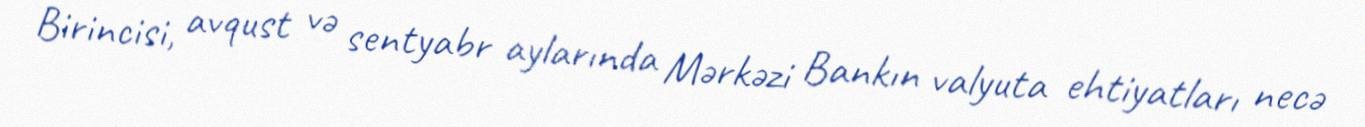
Birincisi, avqust və sentyabr aylarında Mərkəzi Bankın valyuta ehtiyatları necə